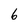
Character: 6